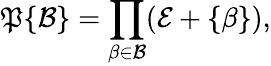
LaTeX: {\mathfrak{P}}\{ {\mathcal{B}}\} =\prod_{\beta\in{\mathcal{B}}}({\mathcal{E}}+\{ \beta\} ),